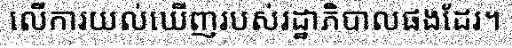
លើការយល់ឃើញរបស់រដ្ឋាភិបាលផងដែរ។